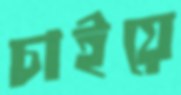
চাইয়ে